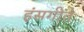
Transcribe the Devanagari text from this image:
हंसगीते